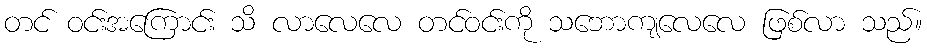
တင် ဝင်းအကြောင်း သိ လာလေလေ တင်ဝင်းကို သဘောကျလေလေ ဖြစ်လာ သည်။